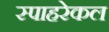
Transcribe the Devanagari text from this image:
स्पाहरेकल